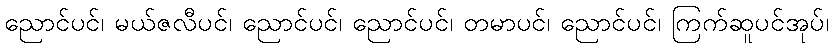
ညောင်ပင်၊ မယ်ဇလီပင်၊ ညောင်ပင်၊ ညောင်ပင်၊ တမာပင်၊ ညောင်ပင်၊ ကြက်ဆူပင်အုပ်၊